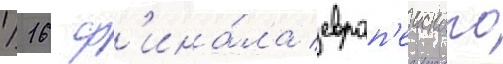
1/ 16 ф'ина́ла европ'еиского